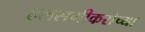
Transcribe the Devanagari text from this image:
हलसगीकरांच्या